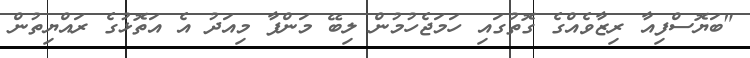
"ބަޔޮސްފިއާ ރިޒާވެއްގެ ގޮތުގައި ހަމަޖެހުމުން ލިބޭ މަންފާ މިއަދު އެ އަތޮޅުގެ ރައްޔިތުން